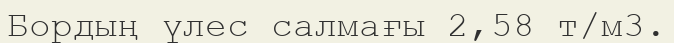
Бордың үлес салмағы 2,58 т/м3.